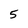
Character: 5